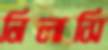
নিলাসি